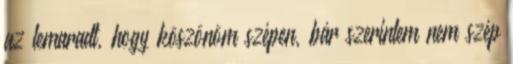
az lemaradt, hogy köszönöm szépen, bár szerintem nem szép